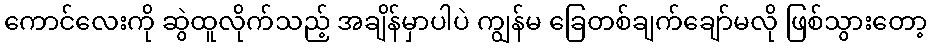
ကောင်လေးကို ဆွဲထူလိုက်သည့် အချိန်မှာပါပဲ ကျွန်မ ခြေတစ်ချက်ချော်မလို ဖြစ်သွားတော့